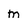
Character: m